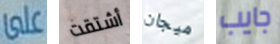
على أشتقت ميجان جايب